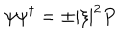
\psi \psi ^ { \dagger } = \pm | \xi | ^ { 2 } P